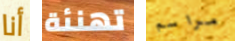
أنا تهنئة مراسم